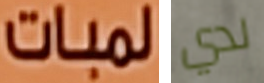
لمبات لدي